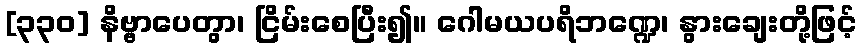
[၃၃၀] နိဗ္ဗာပေတွာ၊ ငြိမ်းစေပြီး၍။ ဂေါမယပရိဘဏ္ဍေ၊ နွားချေးတို့ဖြင့်